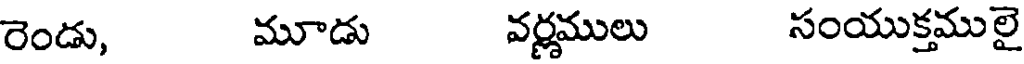
రెండు, మూడు వర్ణములు సంయుక్తములై